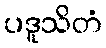
ပဒူသိတံ